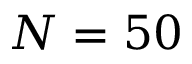
N = 5 0